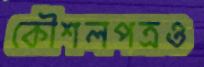
কৌশলপত্রও